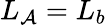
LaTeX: L_{\mathcal{A}}=L_{b}